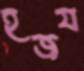
হজয